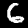
Label: 6